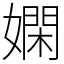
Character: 嫻